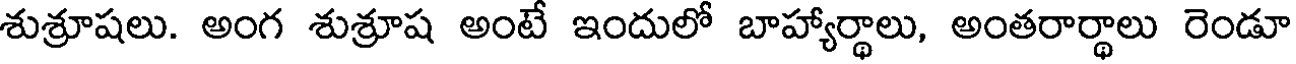
శుశ్రూషలు. అంగ శుశ్రూష అంటే ఇందులో బాహ్యార్థాలు, అంతరార్థాలు రెండూ